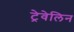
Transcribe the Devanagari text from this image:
ट्रेवेलिन